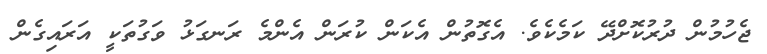
ޖެހުމުން ދުރުކޮށްދޭ ކަމެކެވެ. އެގޮތުން އެކަން ކުރަން އެންމެ ރަނގަޅު ވަގުތަކީ އަރައިގެން